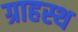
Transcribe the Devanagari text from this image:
ग्राहस्थ